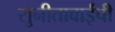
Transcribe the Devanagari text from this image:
सुनीताबाईंची